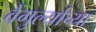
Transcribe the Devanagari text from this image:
वेंगुर्ल्याच्या